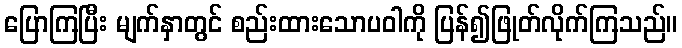
ပြောကြပြီး မျက်နှာတွင် စည်းထားသောပဝါကို ပြန်၍ဖြုတ်လိုက်ကြသည်။